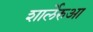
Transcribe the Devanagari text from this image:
शार्लेरुआ